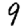
Digit: 9